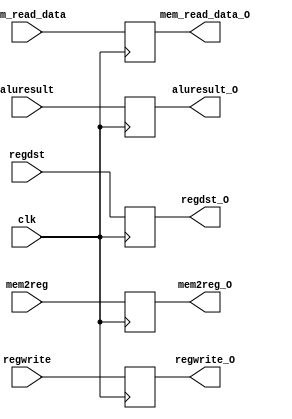
`timescale 1ns / 1ps
//////////////////////////////////////////////////////////////////////////////////
// Company: 
// Engineer: 
// 
// Design Name: 
// Module Name:    MEMWB_Register 
// Project Name: 
// Target Devices: 
// Tool versions: 
// Description: 
//
// Dependencies: 
//
// Revision: 
// Revision 0.01 - File Created
// Additional Comments: 
//
//////////////////////////////////////////////////////////////////////////////////
module MEMWB_Register(
	input clk,
	input mem2reg,
	input regwrite,
	input [31:0] mem_read_data,
	input [31:0] aluresult,
	input [4:0] regdst,
	
	output reg mem2reg_O,
	output reg regwrite_O,
	output reg [31:0] mem_read_data_O,
	output reg [31:0] aluresult_O,
	output reg [4:0] regdst_O

);

always @ (posedge clk)
begin
	mem2reg_O <= mem2reg;
	regwrite_O <= regwrite;
	mem_read_data_O <= mem_read_data;
	aluresult_O <= aluresult;
	regdst_O <= regdst;
end

endmodule